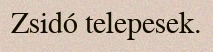
Zsidó telepesek.